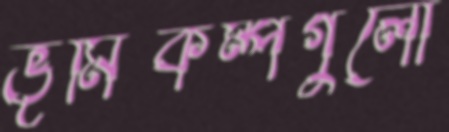
ভূমিকম্পগুলো